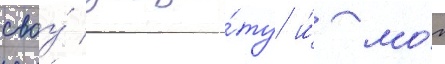
своу́ защи́ту и́ мо́г